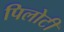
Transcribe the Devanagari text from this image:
पिलोटी